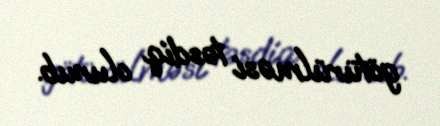
götürülməsi təsdiq olunub.